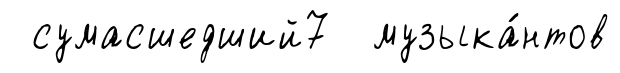
сумасшедший7 музыка́нтов